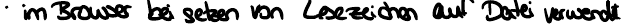
im Browser bei setzen von Lesezeichen auf Datei verwendet